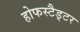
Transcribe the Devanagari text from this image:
होफस्टैड्टर